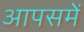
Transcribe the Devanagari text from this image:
आपसमें